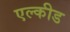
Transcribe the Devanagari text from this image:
एल्कीड